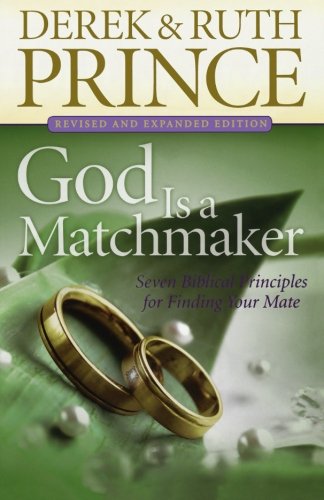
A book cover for God Is a Matchmaker: Seven Biblical Principles for Finding Your Mate; Derek Prince; Self-Help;